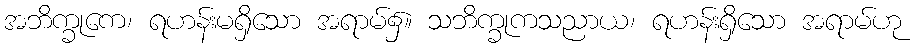
အဘိက္ခုကေ၊ ရဟန်းမရှိသော အရာမ်၌။ သဘိက္ခုကသညာယ၊ ရဟန်းရှိသော အရာမ်ဟု